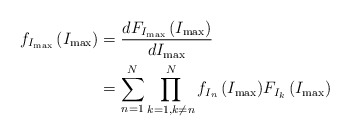
\begin{align*}{{f}_{{{I}_{\max }}}}\left( {{I}_{\max }} \right)&=\frac{d{{F}_{{{I}_{\max }}}}\left( {{I}_{\max }} \right)}{d{{I}_{\max }}}\\&=\sum\limits_{n=1}^{N}{\prod\limits_{k=1,k\ne n}^{N}{{{f}_{{{I}_{n}}}}\left( {{I}_{\max }} \right)}}{{F}_{{{I}_{k}}}}\left( {{I}_{\max }} \right)\end{align*}